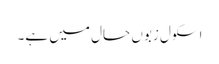
اسکول زبوں حال میں ہے۔